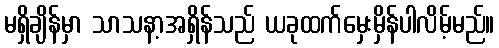
မရှိချိန်မှာ သာသနာ့အရှိန်သည် ယခုထက်မှေးမှိန်ပါလိမ့်မည်။